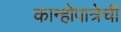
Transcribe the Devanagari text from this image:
कान्होपात्रेची